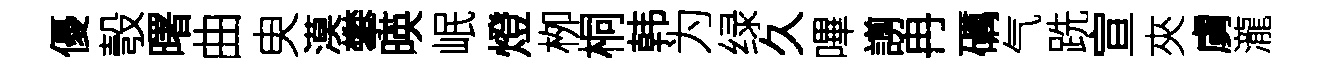
優彀曙曲㬰漠攀暎岷燈栁桐韩为绿久嗶謭冉礪气跣宣夾虜瀧